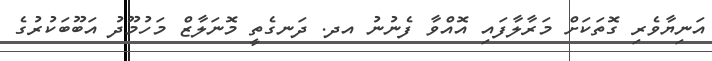
އަނިޔާވެރި ގޮތަކަށް މަރާލާފައި އޮއްވާ ފެނުނު އދ. ދަނގެތީ މޮނަލާޒް މަހުމޫދު އަބޫބަކުރުގެ